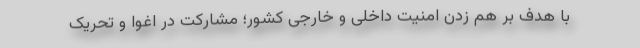
با هدف بر هم زدن امنیت داخلی و خارجی کشور؛ مشارکت در اغوا و تحریک